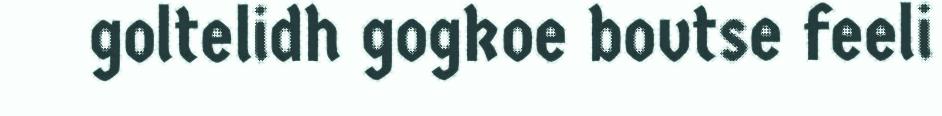
goltelidh gogkoe bovtse feeli